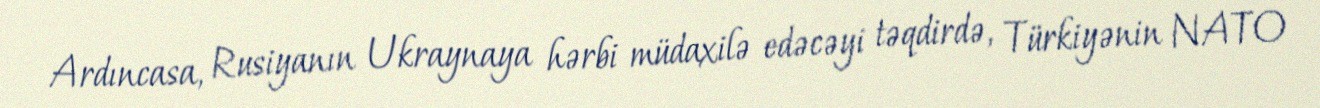
Ardıncasa, Rusiyanın Ukraynaya hərbi müdaxilə edəcəyi təqdirdə, Türkiyənin NATO